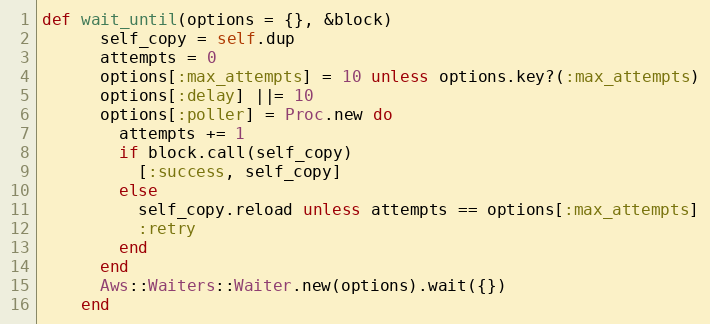
Language: Ruby
def wait_until(options = {}, &block)
      self_copy = self.dup
      attempts = 0
      options[:max_attempts] = 10 unless options.key?(:max_attempts)
      options[:delay] ||= 10
      options[:poller] = Proc.new do
        attempts += 1
        if block.call(self_copy)
          [:success, self_copy]
        else
          self_copy.reload unless attempts == options[:max_attempts]
          :retry
        end
      end
      Aws::Waiters::Waiter.new(options).wait({})
    end